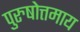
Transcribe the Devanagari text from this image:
पुरुषोत्तमाय